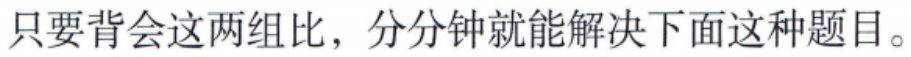
只要背会这两组比，分分钟就能解决下面这种题目。